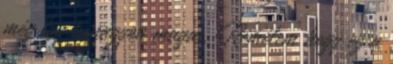
még így is nagyon magas. Remélem hogy ez a